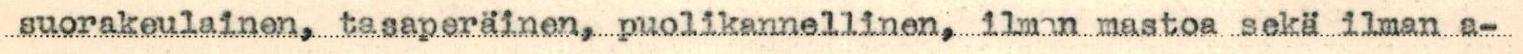
suorakeulainen, tasaperäinen, puolikannellinen, ilman mastoa sekä ilman a-